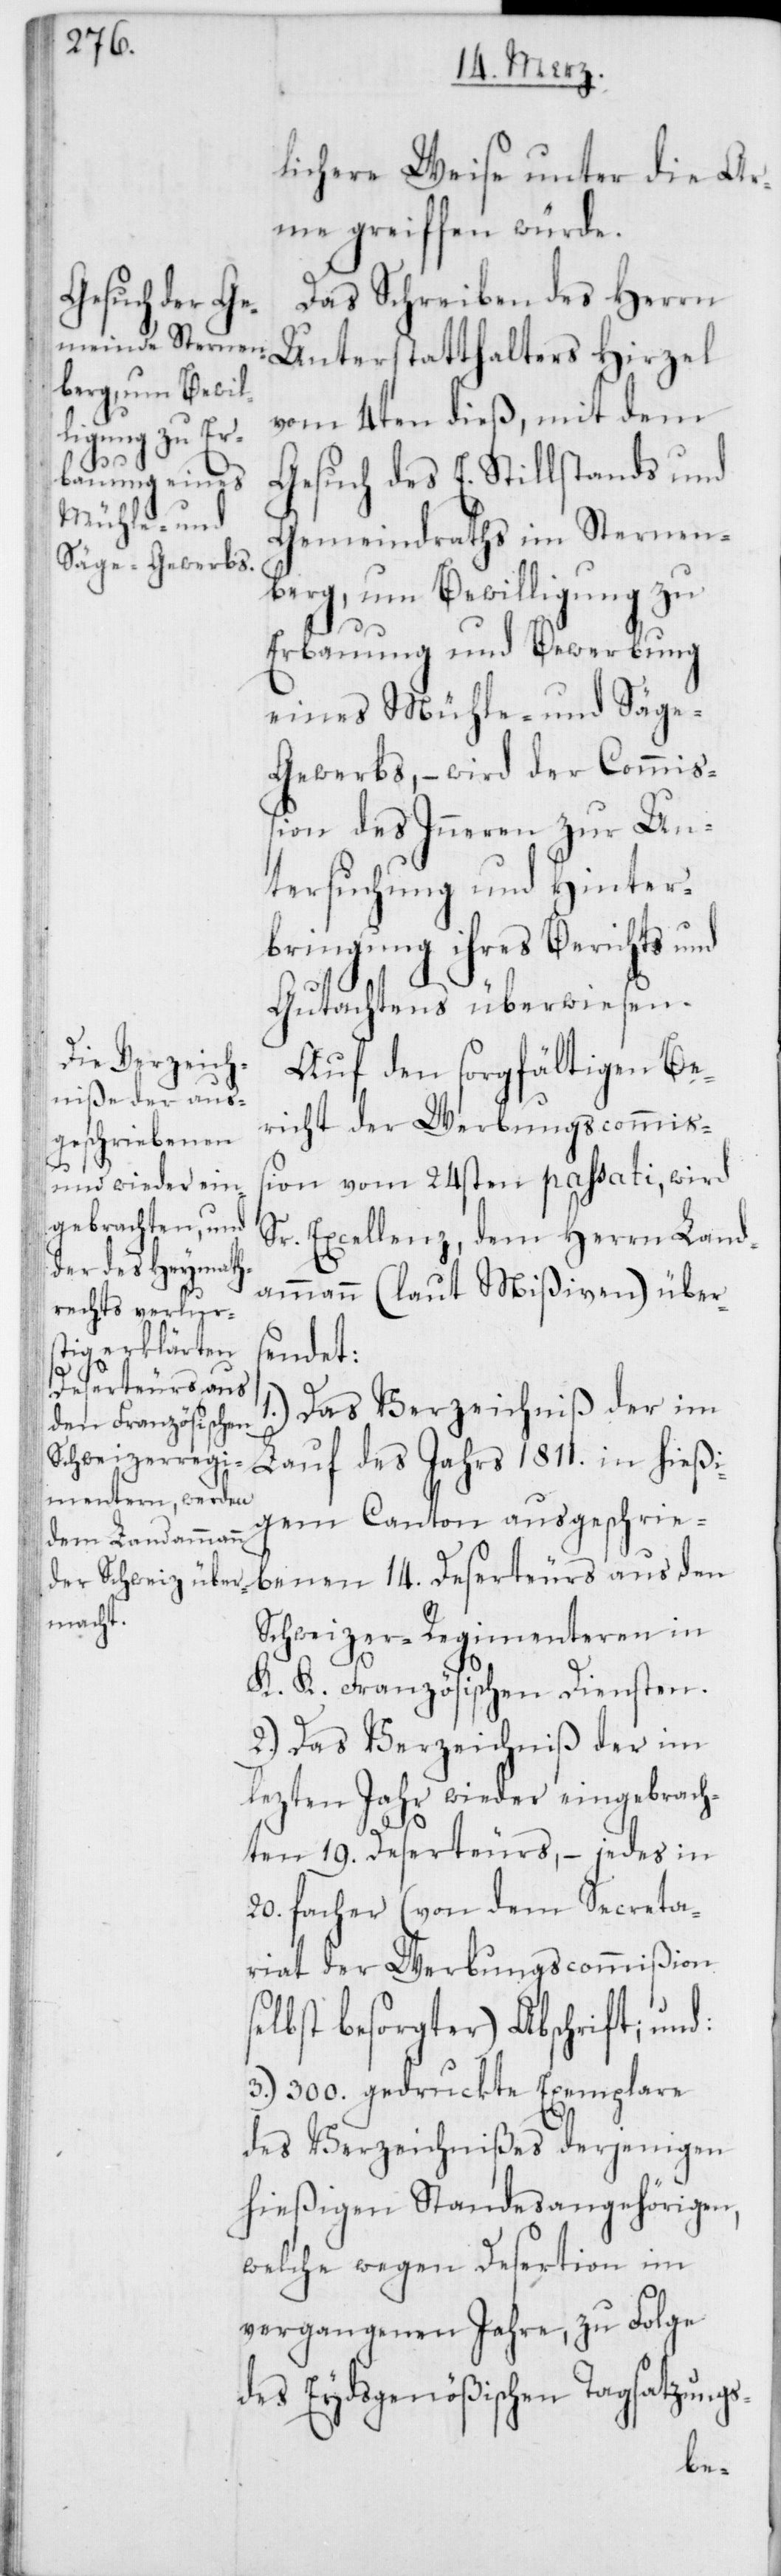
lichere Weise unter die Ar¬
me greiffen würde.
Das Schreiben des Herrn
Unterstatthalters Hirzel
vom 4ten dieß, mit dem
Gesuch des E. Stillstands und
Gemeindraths im Sternen¬
berg, um Bewilligung zu
Erbauung und Bewerbung
eines Mühle- und Säg¬
e-Gewerbs, – wird der Commiß¬
ion des Inneren zur Un¬
tersuchung und Hinter¬
bringung ihres Berichts und
Gutachtens überwiesen.
Auf den sorgfältigen Be¬
richt der Werbungscommiß¬
ion vom 24sten passati, wird
Sr. Excellenz, dem Herrn Land¬
ammann (laut Mißiven) über¬
sendet:
1.) Das Verzeichniß der im
Lauf des Jahrs 1811. in hießi¬
gem Canton ausgeschrie¬
benen 14. Deserteurs aus den
Schweizer-Regimenteren in
K. K. Französischen Diensten.
2.) Das Verzeichniß der im
lezten Jahr wieder eingebrach¬
ten 19. Deserteurs, – jedes in
20. facher (von dem Secreta¬
riat der Werbungscommißion
lbst besorgter) Abschrift; und:
3.) 300. gedruckte Exemplare
des Verzeichnißes derjenigen
hießigen Standesangehörigen,
welche wegen Desertion im
vergangenen Jahre, zu Folge
des Eydsgenößischen Tagsatzungs-
se¬